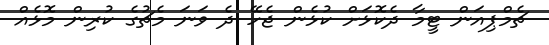
ޗެމްޕިއަން ޓީމާ ދެކޮޅަށް ކުޅެން ޖެހޭ ދެ ވަނަ މެޗުގެ ކުރިން މޮޅެއް